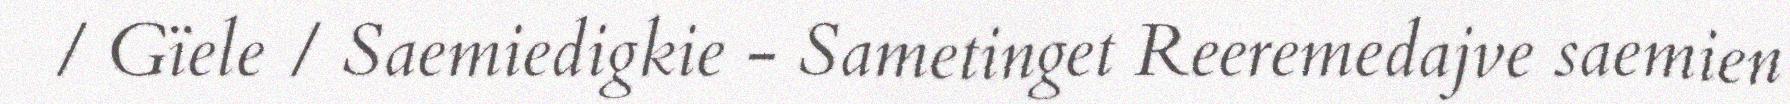
/ Gïele / Saemiedigkie - Sametinget Reeremedajve saemien